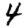
Digit: 4